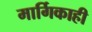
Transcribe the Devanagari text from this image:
मार्गिकाही